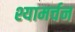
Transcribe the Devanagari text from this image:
श्यामर्चन